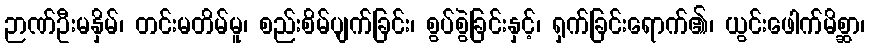
ဉာဏ်ဦးမနှိမ်၊ တင်းမတိမ်မူ၊ စည်းစိမ်ပျက်ခြင်း၊ စွပ်စွဲခြင်းနှင့်၊ ရှက်ခြင်းရောက်၏၊ ယွင်းဖေါက်မိစ္ဆာ၊